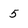
Character: 5